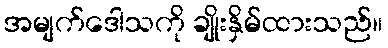
အမျက်ဒေါသကို ချိုးနှိမ်ထားသည်။